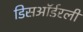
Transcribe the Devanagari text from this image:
डिसऑर्डरली